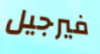
فيرجيل